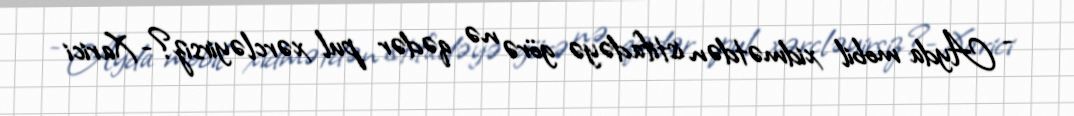
- Ayda mobil xidmətdən istifadəyə görə nə qədər pul xərcləyirsiz?- Xarici